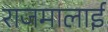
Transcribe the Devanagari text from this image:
राजमालाई